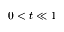
0 < t \ll 1